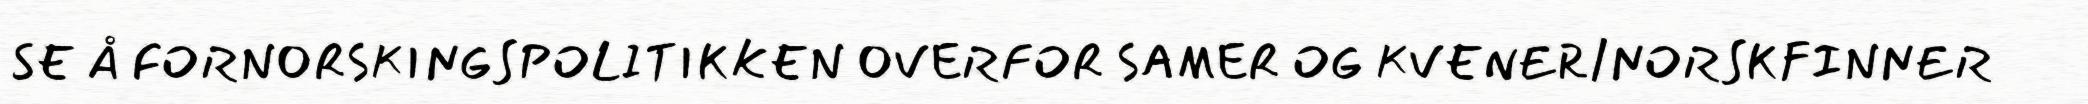
SE Å FORNORSKINGSPOLITIKKEN OVERFOR SAMER OG KVENER/NORSKFINNER